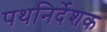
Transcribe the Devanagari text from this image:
पथनिर्देशक